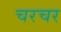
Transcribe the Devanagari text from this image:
चरचर